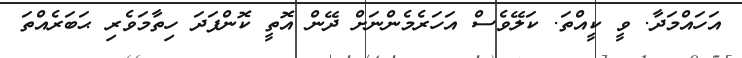
އަހައްމަދާ. ވީ ކީއްތަ. ކަލޭވެސް އަހަރެމެންނަށް ދޭން އޮތީ ކޮންފަދަ ހިތާމަވެރި ޙަބަރެއްތަ